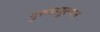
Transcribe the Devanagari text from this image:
गुरुवायूरप्पन